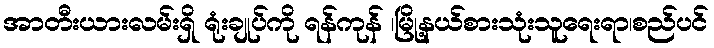
အာတီးယားလမ်းရှိ ရုံးချုပ်ကို ရန်ကုန် ၊မြို့နယ်စားသုံးသူရေးရာ၊စည်ပင်